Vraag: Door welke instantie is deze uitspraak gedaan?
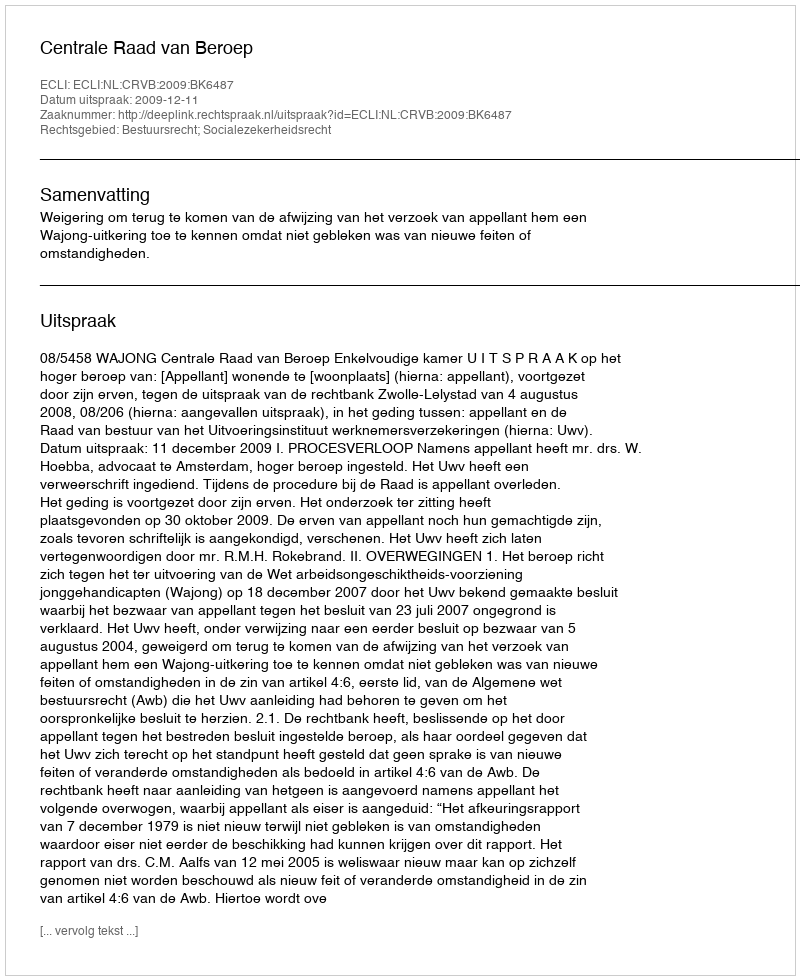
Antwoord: Centrale Raad van Beroep